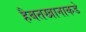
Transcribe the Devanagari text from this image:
हैबतखानाकडे